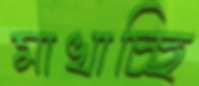
মাখাচ্ছি